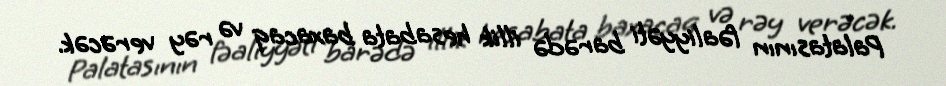
Palatasının fəaliyyəti barədə illik hesabata baxacaq və rəy verəcək.